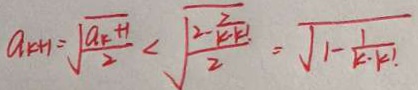
a _ { k + 1 } = \sqrt { \frac { a _ { k } + 1 } { 2 } } < \sqrt { \frac { 2 - \frac { 2 } { k \cdot k ! } } { 2 } } = \sqrt { 1 - \frac { 1 } { k \cdot k ! } }